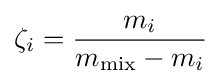
\zeta _{i}={\frac {m_{i}}{m_{\rm {mix}}-m_{i}}}